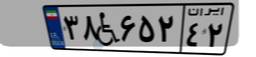
۳۸W۶۵۲۴۲